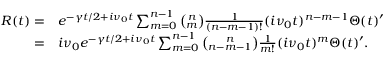
\begin{array} { r l } { R ( t ) = } & { e ^ { - \gamma t / 2 + i \nu _ { 0 } t } \sum _ { m = 0 } ^ { n - 1 } \binom { n } { m } \frac { 1 } { ( n - m - 1 ) ! } ( i \nu _ { 0 } t ) ^ { n - m - 1 } \Theta ( t ) ^ { \prime } } \\ { = } & { i \nu _ { 0 } e ^ { - \gamma t / 2 + i \nu _ { 0 } t } \sum _ { m = 0 } ^ { n - 1 } \binom { n } { n - m - 1 } \frac { 1 } { m ! } ( i \nu _ { 0 } t ) ^ { m } \Theta ( t ) ^ { \prime } . } \end{array}